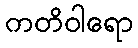
ကတိဝါရော